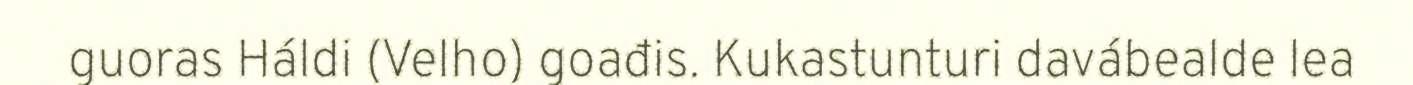
guoras Háldi (Velho) goađis. Kukastunturi davábealde lea